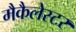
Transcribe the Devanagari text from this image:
मैकैलेस्टर